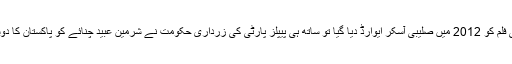
چلیں غیروں سے تو شکوہ تھا ہی، لیکن اس تیزاب والی فلم کو 2012 میں صلیبی آسکر ایوارڈ دیا گیا تو ساتھ ہی پیپلز پارٹی کی زرداری حکومت نے شرمین عبید چنائے کو پاکستان کا دوسرا سب سے بڑا شہری تمغہ، ہلال امتیاز عطا کر دیا۔